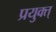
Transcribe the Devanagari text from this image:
प्रयुक्त्